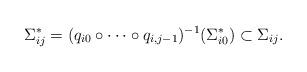
LaTeX: \begin{align*}\Sigma^*_{ij}= (q_{i 0} \circ \dots \circ q_{i, j-1})^{-1}(\Sigma_{i0}^*) \subset \Sigma_{ij}. \end{align*}